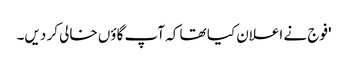
'فوج نے اعلان کیا تھا کہ آپ گاؤں خالی کر دیں۔